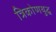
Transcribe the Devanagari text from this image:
त्रिकोणयुद्ध